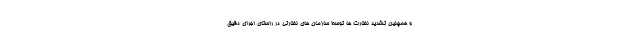
و همچنین تشدید نظارت ها توسط سازمان های نظارتی در راستای اجرای دقیق